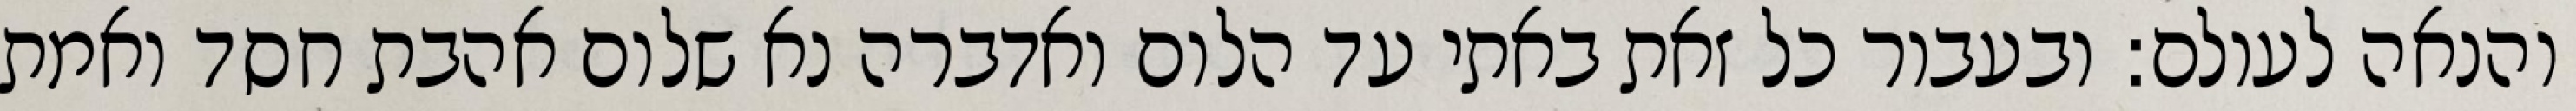
והנאה לעולם: ובעבור כל זאת באתי עד הלום ואדברה נא שלום אהבת חסד ואמת